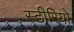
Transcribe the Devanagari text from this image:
स्‍टीरियो